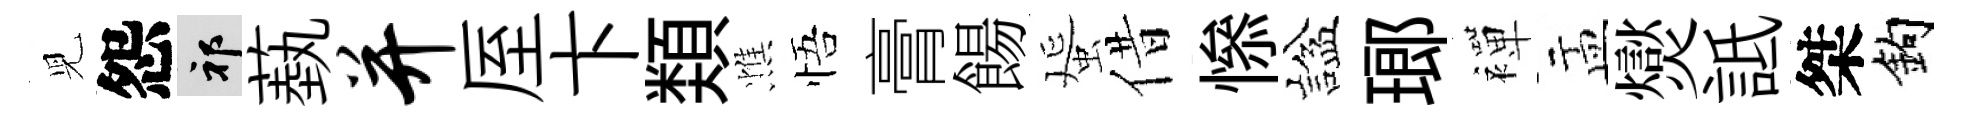
児怨祁蓺并厔卞𩔖憔悟膏餳蜑借𢡖諡瑯襌盂爕詆桀鈎